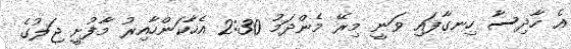
އެ ހާދިސާ ހިނގާފައި ވަނީ މިރޭ މެންދަމު 2:30 އެހާކަންހާއިރު މާފުށީ ޖަލުގެ